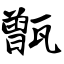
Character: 甑